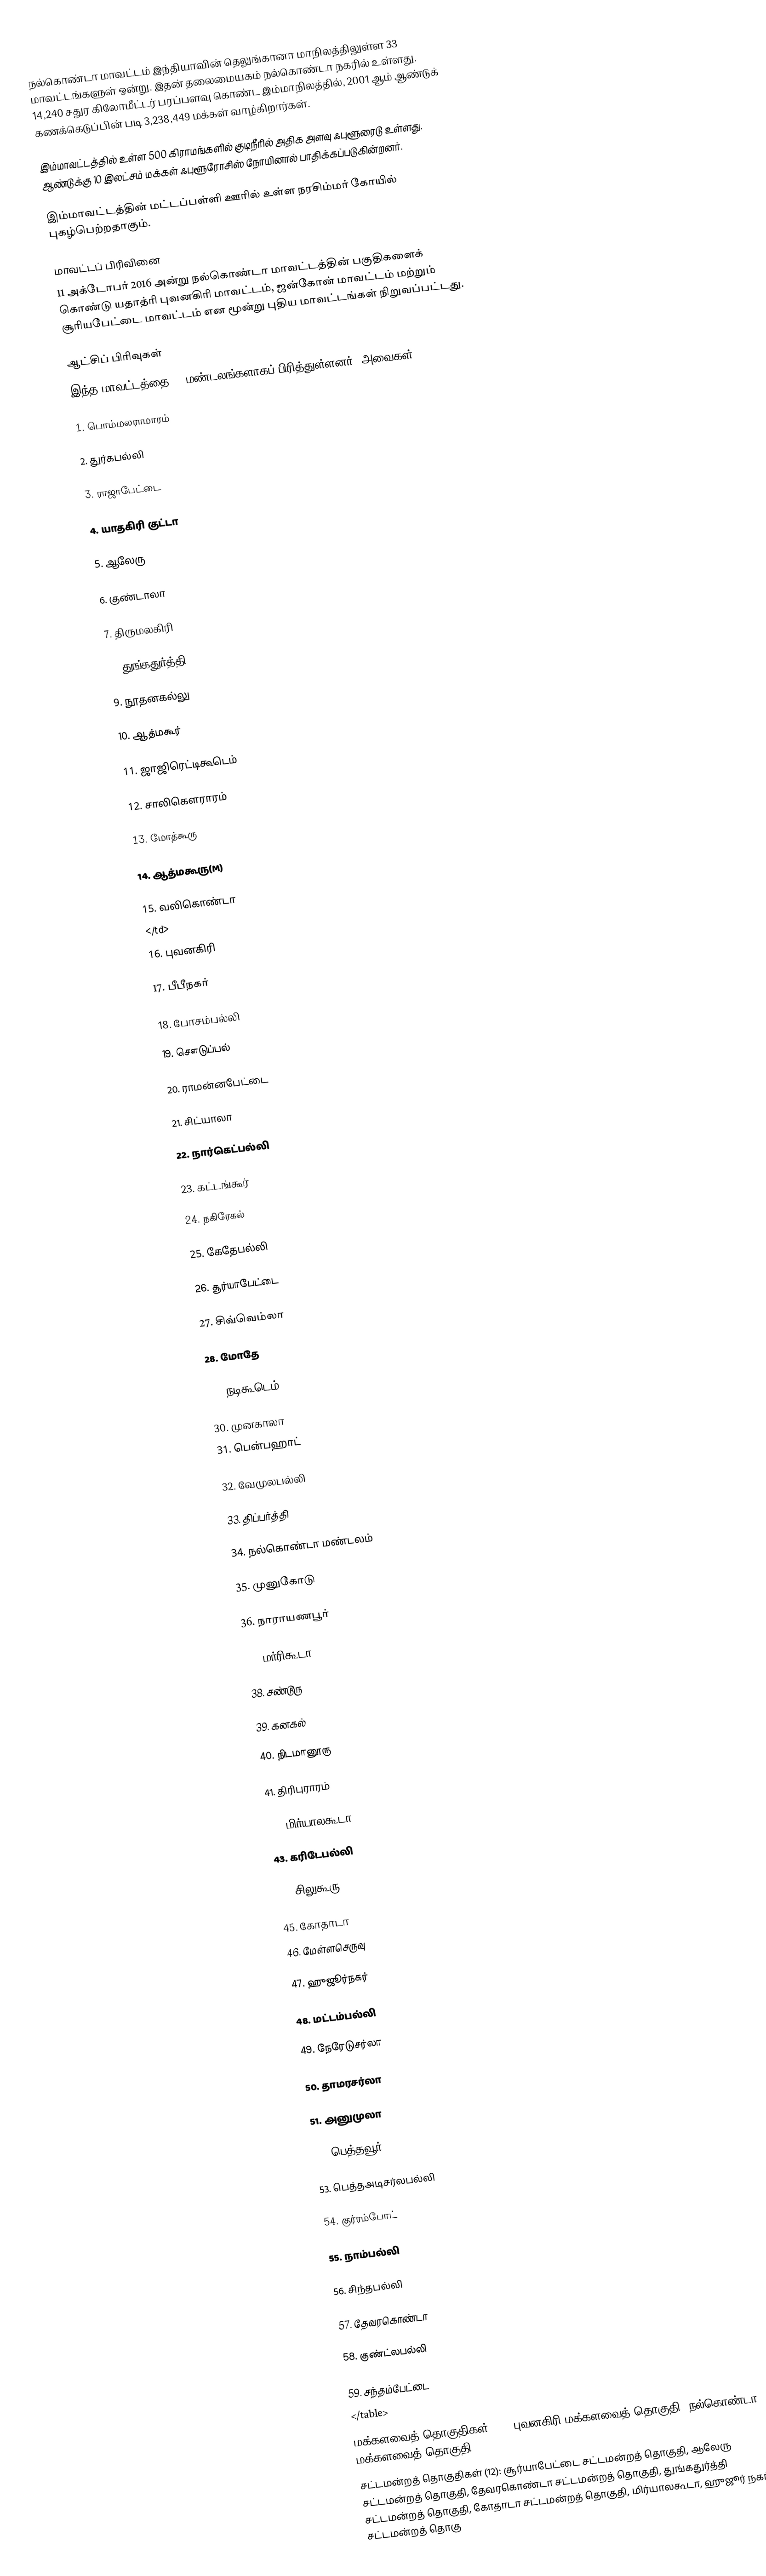
நல்கொண்டா மாவட்டம் இந்தியாவின் தெலுங்கானா மாநிலத்திலுள்ள 33 மாவட்டங்களுள் ஒன்று. இதன் தலைமையகம் நல்கொண்டா நகரில் உள்ளது. 14,240 சதுர கிலோமீட்டர் பரப்பளவு கொண்ட இம்மாநிலத்தில், 2001 ஆம் ஆண்டுக் கணக்கெடுப்பின் படி 3,238,449 மக்கள் வாழ்கிறார்கள்.

இம்மாவட்டத்தில் உள்ள 500 கிராமங்களில் குடிநீரில் அதிக அளவு ஃபுளூரைடு உள்ளது. ஆண்டுக்கு 10 இலட்சம் மக்கள் ஃபுளூரோசிஸ் நோயினால் பாதிக்கப்படுகின்றனர்.

இம்மாவட்டத்தின் மட்டப்பள்ளி ஊரில் உள்ள  நரசிம்மர் கோயில்   புகழ்பெற்றதாகும்.

மாவட்டப் பிரிவினை
11 அக்டோபர் 2016 அன்று நல்கொண்டா மாவட்டத்தின் பகுதிகளைக் கொண்டு யதாத்ரி புவனகிரி மாவட்டம், ஜன்கோன் மாவட்டம்  மற்றும் சூரியபேட்டை மாவட்டம் என மூன்று புதிய மாவட்டங்கள் நிறுவப்பட்டது.

ஆட்சிப் பிரிவுகள்
இந்த மாவட்டத்தை 59 மண்டலங்களாகப் பிரித்துள்ளனர்.  அவைகள்:

1. பொம்மலராமாரம்

2. துர்கபல்லி

3. ராஜாபேட்டை

4. யாதகிரி குட்டா

5. ஆலேரு

6.  குண்டாலா

7. திருமலகிரி

8. துங்கதுர்த்தி

9. நூதனகல்லு

10.  ஆத்மகூர்

11. ஜாஜிரெட்டிகூடெம்

12. சாலிகௌராரம்

13. மோத்கூரு

14.  ஆத்மகூரு(M)

15. வலிகொண்டா
</td>
16. புவனகிரி

17.  பீபீநகர்

18. போசம்பல்லி

19. சௌடுப்பல்

20. ராமன்னபேட்டை

21. சிட்யாலா

22. நார்கெட்‌பல்லி

23. கட்டங்கூர்

24. நகிரேகல்

25. கேதேபல்லி

26. சூர்யாபேட்டை

27. சிவ்வெம்லா

28. மோதே

29. நடிகூடெம்

30. முனகாலா
31. பென்‌பஹாட்

32. வேமுலபல்லி

33. திப்பர்த்தி

34. நல்கொண்டா மண்டலம்

35. முனுகோடு

36.  நாராயணபூர்

37.  மர்ரிகூடா

38. சண்டூரு

39. கனகல்

40. நிடமானூரு

41. திரிபுராரம்

42. மிர்யாலகூடா

43. கரிடேபல்லி

44.  சிலுகூரு

45. கோதாடா
46. மேள்ளசெருவு

47. ஹுஜூர்‌நகர்

48. மட்டம்பல்லி

49. நேரேடுசர்லா

50. தாமரசர்லா

51. அனுமுலா

52. பெத்தவூர்

53.  பெத்தஅடிசர்லபல்லி

54. குர்ரம்‌போட்

55.  நாம்பல்லி

56.  சிந்தபல்லி

57. தேவரகொண்டா

58. குண்ட்லபல்லி

59. சந்தம்பேட்டை
</table>
 மக்களவைத் தொகுதிகள் (2): புவனகிரி மக்களவைத் தொகுதி, நல்கொண்டா மக்களவைத் தொகுதி
 சட்டமன்றத் தொகுதிகள் (12): சூர்யாபேட்டை சட்டமன்றத் தொகுதி, ஆலேரு சட்டமன்றத் தொகுதி, தேவரகொண்டா சட்டமன்றத் தொகுதி, துங்கதுர்த்தி சட்டமன்றத் தொகுதி, கோதாடா சட்டமன்றத் தொகுதி, மிர்யாலகூடா,  ஹுஜூர் நகர் சட்டமன்றத் தொகு